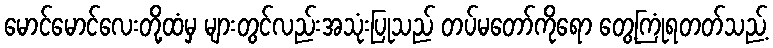
မောင်မောင်လေးတို့ထံမှ များတွင်လည်းအသုံးပြုသည် တပ်မတော်ကိုရော တွေ့ကြုံရတတ်သည့်